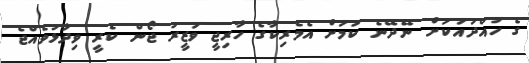
ގެ ހުއްދައަކަށް ނޭދޭނެ ކަމަށް އެމެރިކާގެ ހާރިޖީ ވަޒީރު ޖޯން ކެރީ ވިދާޅުވެއްޖެ